Report on sanitation, dispensaries, and jails in Rajputana for 1912, and on vaccination for the year 1912-1913 - 1912-1913
Year: 1912
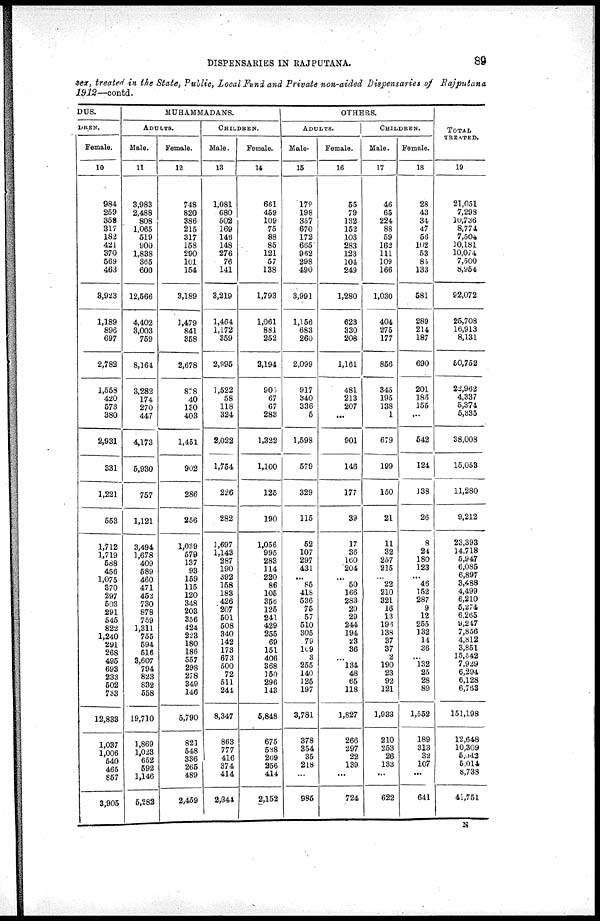
DISPENSARIES IN RAJPUTANA.
89
sex, treated in the State, Public, Local Fund and Private non-aided Dispensaries of Rajputana
1912—contd.
DUS.
DREN.
Female.
10
984
259
358
317
182
421
370
569
463
3,923
1,189
896
697
2,782
1,558
420
573
380
2,931
331
1,221
553
1,712
1,719
588
456
1,075
370
297
503
291
545
822
1,240
291
268
495
693
233
502
733
12,833
1,037
1,006
540
465
857
3,905
MUHAMMADANS.
ADULTS.
Male.
11
3,983
2,488
808
1,065
519
900
1,838
365
600
12,566
4,402
3,003
759
8,164
3,282
174
270
447
4,173
5,930
757
1,121
3 494
1,678
409
589
460
471
452
730
878
759
1,311
755
594
616
3,607
794
823
832
558
19,710
1,869
1,023
652
592
1,146
5,282
Female.
12
748
820
386
215
317
158
290
101
154
3,189
1,479
841
358
2,678
878
40
130
403
1,451
902
286
256
1,039
679
137
93
159
115
120
348
203
356
424
223
180
186
557
298
278
349
146
5,790
821
648
336
265
489
2,459
CHILDREN.
Male.
13
1,081
680
502
169
146
148
276
76
141
3,219
1,464
1,172
359
2,995
1,522
58
118
324
2,022
1,754
226
282
1,697
1,143
287
190
392
158
183
426
207
501
508
340
142
173
673
500
72
611
241
8,347
863
777
416
374
414
2,844
Female.
14
661
459
109
75
88
85
121
57
138
1,793
1,061
881
252
2,194
901
67
67
283
1,322
1,100
125
190
1,056
995
283
114
220
86
105
356
125
241
429
255
69
151
406
368
150
296
143
5,848
675
538
269
256
414
2,152
OTHERS.
ADULTS.
Male.
15
178
198
357
670
172
665
962
298
490
3,991
1,156
683
260
2,099
917
340
336
5
1,598
579
329
115
52
107
297
431
...
85
418
536
75
57
510
305
70
109
3
255
140
125
197
3,781
378
354
35
218
...
985
Female.
16
55
79
132
152
103
283
123
104
249
1,280
623
330
208
1,161
481
213
207
...
901
146
177
39
17
36
160
204
...
50
166
283
20
29
244
194
23
36
...
134
48
65
118
1,827
266
297
22
139
...
724
CHILDREN.
Male.
17
46
65
224
88
59
162
111
109
166
1,030
404
275
177
856
345
195
138
1
679
199
150
21
11
32
257
215
...
22
210
321
16
13
196
138
37
37
2
190
23
92
121
1,933
210
253
26
133
...
622
Female.
18
28
43
34
47
56
102
53
85
133
581
289
214
187
690
201
186
155
...
542
124
138
26
8
24
180
123
...
46
152
287
9
12
255
132
14
36
...
132
25
28
89
1,552
189
313
32
107
...
641
TOTAL
TREATED.
19
21,051
7,298
10,736
8,774
7,504
10,181
10,074
7,500
8,954
92,072
25,708
16,913
8,131
50,752
22,962
4,337
5,374
5,335
38,008
15,053
11,280
9,212
23,393
14,718
5,947
6,085
6,897
3,488
4,499
6,210
5,274
6,265
9,247
7,856
4,812
3,851
15,542
7,929
6,294
6,128
6,763
151,198
12,648
10,309
5,043
5,014
8,738
41,751
N